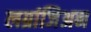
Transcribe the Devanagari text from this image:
लग्रांजिअन